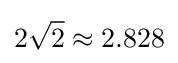
2{\sqrt {2}}\approx 2.828